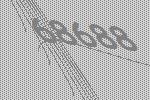
68688